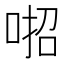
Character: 𠶅